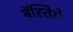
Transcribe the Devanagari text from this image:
बॅस्तिये